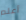
أعلم